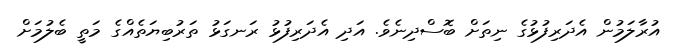
އުރާލަަމުން އެދަރިފުޅުގެ ނިތަށް ބޮސްދިނެވެ. އަދި އެދަރިފުޅު ރަނގަޅު ތަރުބިޔަަތެއްގެ މަތީ ބެލުމަށް